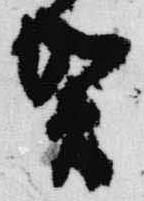
賀